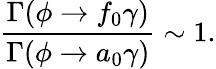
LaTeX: \frac{\Gamma(\phi\to f_{0}\gamma)}{\Gamma(\phi\to a_{0}\gamma)}\sim 1.